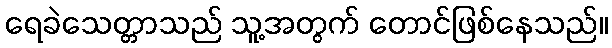
ရေခဲသေတ္တာသည် သူ့အတွက် တောင်ဖြစ်နေသည်။